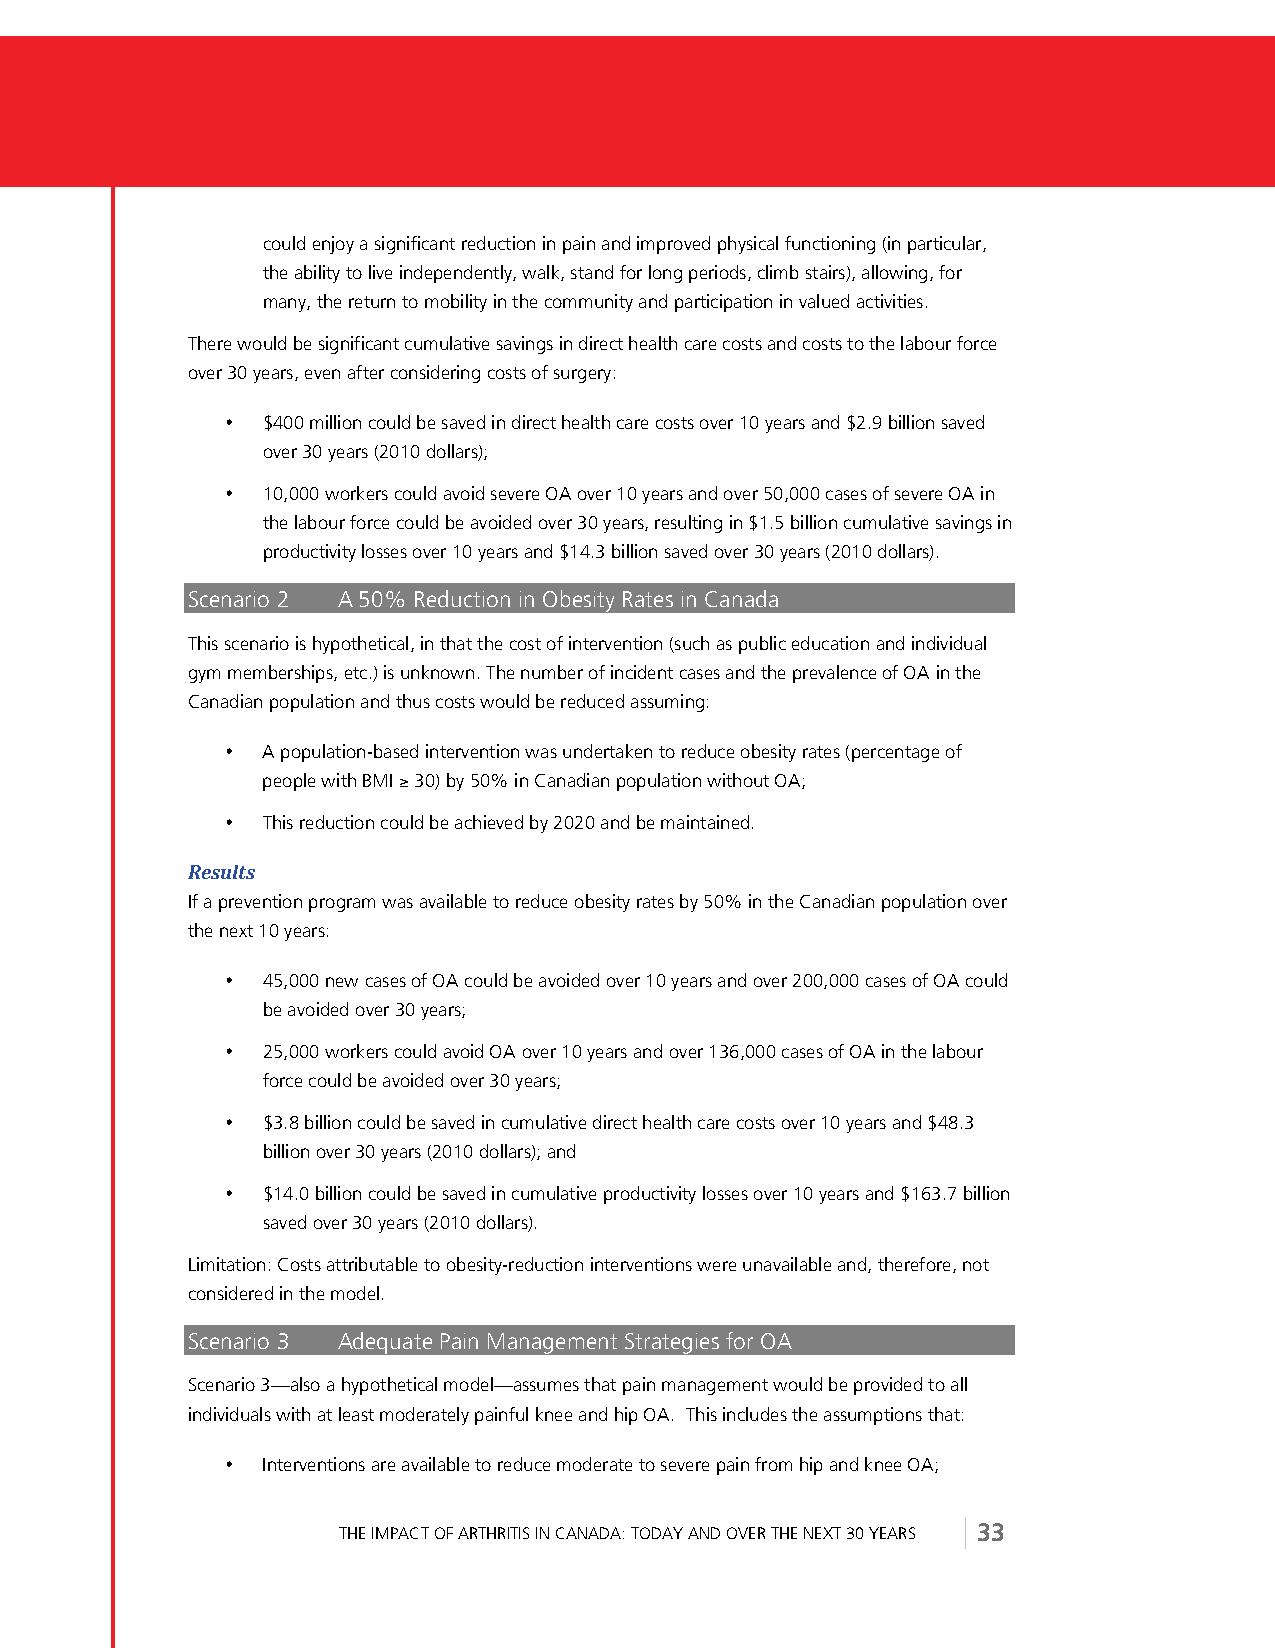
could enjoy a significant reduction in pain and improved physical functioning (in particular,
 the ability to live independently, walk, stand for long periods, climb stairs), allowing, for
 many, the return to mobility in the community and participation in valued activities.
 There would be significant cumulative savings in direct health care costs and costs to the labour force
 over 30 years, even after considering costs of surgery:
 • $400 million could be saved in direct health care costs over 10 years and $2.9 billion saved
 over 30 years (2010 dollars);
 • 10,000 workers could avoid severe OA over 10 years and over 50,000 cases of severe OA in
 the labour force could be avoided over 30 years, resulting in $1.5 billion cumulative savings in
 productivity losses over 10 years and $14.3 billion saved over 30 years (2010 dollars).
 Scenario 2 A 50% Reduction in Obesity Rates in Canada
 This scenario is hypothetical, in that the cost of intervention (such as public education and individual
 gym memberships, etc.) is unknown. The number of incident cases and the prevalence of OA in the
 Canadian population and thus costs would be reduced assuming:
 • A population-based intervention was undertaken to reduce obesity rates (percentage of
 people with BMI ! 30) by 50% in Canadian population without OA;
 • This reduction could be achieved by 2020 and be maintained.
 1$*>9&*''
 If a prevention program was available to reduce obesity rates by 50% in the Canadian population over
 the next 10 years:
 • 45,000 new cases of OA could be avoided over 10 years and over 200,000 cases of OA could
 be avoided over 30 years;
 • 25,000 workers could avoid OA over 10 years and over 136,000 cases of OA in the labour
 force could be avoided over 30 years;
 • $3.8 billion could be saved in cumulative direct health care costs over 10 years and $48.3
 billion over 30 years (2010 dollars); and
 • $14.0 billion could be saved in cumulative productivity losses over 10 years and $163.7 billion
 saved over 30 years (2010 dollars).
 Limitation: Costs attributable to obesity-reduction interventions were unavailable and, therefore, not
 considered in the model.
 Scenario 3 Adequate Pain Management Strategies for OA
 Scenario 3—also a hypothetical model—assumes that pain management would be provided to all
 individuals with at least moderately painful knee and hip OA. This includes the assumptions that:
 • Interventions are available to reduce moderate to severe pain from hip and knee OA;
 THE IMPACT OF ARTHRITIS IN CANADA: TODAY AND OVER THE NEXT 30 YEARS 33